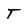
Character: T